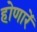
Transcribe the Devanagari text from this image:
होणारें